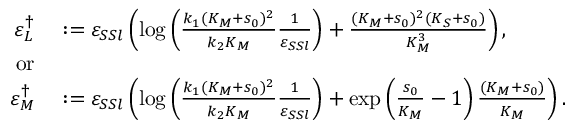
\begin{array} { r l } { \varepsilon _ { L } ^ { \dagger } } & { { } : = \varepsilon _ { S S l } \left( \log \left( \frac { k _ { 1 } ( K _ { M } + s _ { 0 } ) ^ { 2 } } { k _ { 2 } K _ { M } } \frac { 1 } { \varepsilon _ { S S l } } \right) + \frac { ( K _ { M } + s _ { 0 } ) ^ { 2 } ( K _ { S } + s _ { 0 } ) } { K _ { M } ^ { 3 } } \right) , } \\ { \mathrm { o r } } \\ { \varepsilon _ { M } ^ { \dagger } } & { { } : = \varepsilon _ { S S l } \left( \log \left( \frac { k _ { 1 } ( K _ { M } + s _ { 0 } ) ^ { 2 } } { k _ { 2 } K _ { M } } \frac { 1 } { \varepsilon _ { S S l } } \right) + \exp \left( \frac { s _ { 0 } } { K _ { M } } - 1 \right) \frac { ( K _ { M } + s _ { 0 } ) } { K _ { M } } \right) . } \end{array}